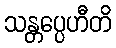
သန္တပ္ပေဟီတိ